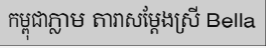
កម្ពុជាភ្លាម តារាសម្តែងស្រី Bella